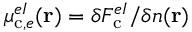
\mu _ { \mathrm { c } , e } ^ { e I } ( \mathbf { r } ) = \delta F _ { \mathrm { c } } ^ { e I } / \delta n ( \mathbf { r } )